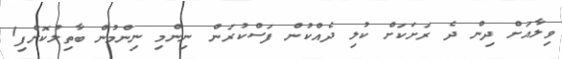
ވިލާއަށް ދިން ދެ ރަށަކަށް ކުލި ދެއްކުން ފަސްކުރަން ނިންމި ނިންމުން ބާތިލުކޮށްފި1